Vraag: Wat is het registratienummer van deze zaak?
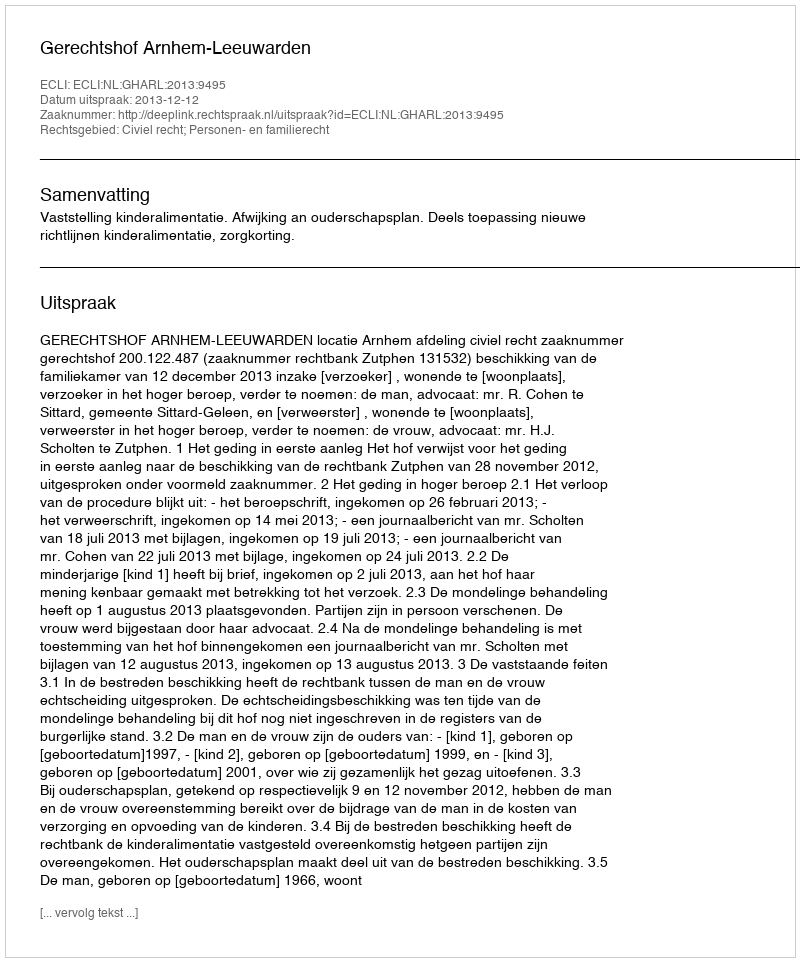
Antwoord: http://deeplink.rechtspraak.nl/uitspraak?id=ECLI:NL:GHARL:2013:9495